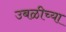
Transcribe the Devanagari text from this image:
उबळीच्या